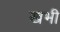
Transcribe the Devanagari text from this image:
खभी